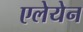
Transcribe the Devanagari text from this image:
एलेयेन